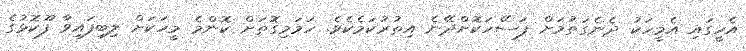
އެހީގައި އެމީހަކު ދެނެގަތުމަށް ފަސޭހަކޮށްދޭނެ އިތުރުކަމެކެވެ. ހަމަމިގޮތަށް ކޮންމެ މީހަކަށް ލިބިފައިވާ ފޫކޮޅުގެ